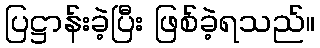
ပြဋ္ဌာန်းခဲ့ပြီး ဖြစ်ခဲ့ရသည်။